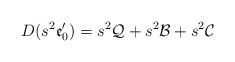
LaTeX: \begin{align*}D(s^2 \mathfrak{e}'_0)= s^2\mathcal{Q}+s^2\mathcal{B}+s^2\mathcal{C}\end{align*}